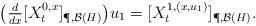
LaTeX: \begin{align*} \big( \tfrac{d}{d x} [X^{0,x}_t]_{\P,\mathcal{B}(H)} \big) u_1 = [X^{1,(x,u_1)}_t]_{\P,\mathcal{B}(H)} .\end{align*}